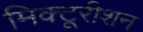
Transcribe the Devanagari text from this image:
मिक्टूरीशन